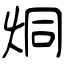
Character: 烔